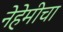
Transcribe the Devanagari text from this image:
नेहेमीचा